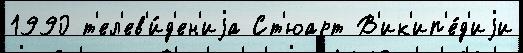
1990 т'ел'ев'и́д'ен'иjа Ст'юарт В'ик'ип'е́д'иjи